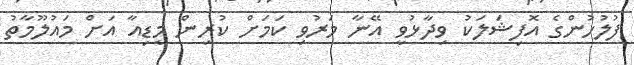
ފުލުހުންގެ އޮފިޝަލަކު ވިދާޅުވީ އޭނާ މަރުވި ކަމަށް ކުރިން މީޑިއާ އަށް މައުލޫމާތު